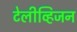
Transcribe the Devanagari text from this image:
टेलीव्हिजन